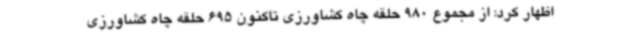
اظهار کرد: از مجموع 980 حلقه چاه کشاورزی تاکنون 695 حلقه چاه کشاورزی